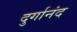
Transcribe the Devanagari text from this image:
दुर्गानंद